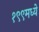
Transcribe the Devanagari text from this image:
१९९मध्ये